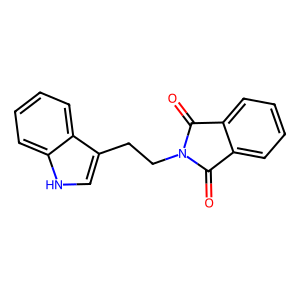
SMILES: O=C1c2ccccc2C(=O)N1CCc1c[nH]c2ccccc12
Inhibits HIV replication: No